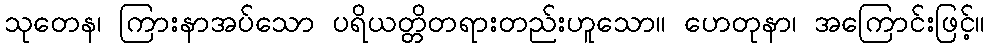
သုတေန၊ ကြားနာအပ်သော ပရိယတ္တိတရားတည်းဟူသော။ ဟေတုနာ၊ အကြောင်းဖြင့်။